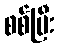
စစ်ပြီး